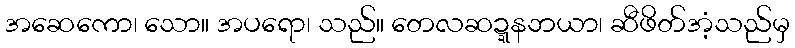
အဆေကော၊ သော။ အပရော၊ သည်။ တေလဆဍ္ဍနဘယာ၊ ဆီဖိတ်အံ့သည်မှ